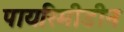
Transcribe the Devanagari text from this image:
पायरिमीडीन